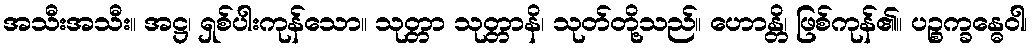
အသီးအသီး။ အဋ္ဌ၊ ရှစ်ပါးကုန်သော။ သုတ္တာ သုတ္တာနိ၊ သုတ်တို့သည်။ ဟောန္တိ၊ ဖြစ်ကုန်၏။ ပဉ္စက္ခန္ဓေဝါ၊